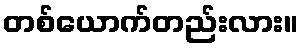
တစ်ယောက်တည်းလား။